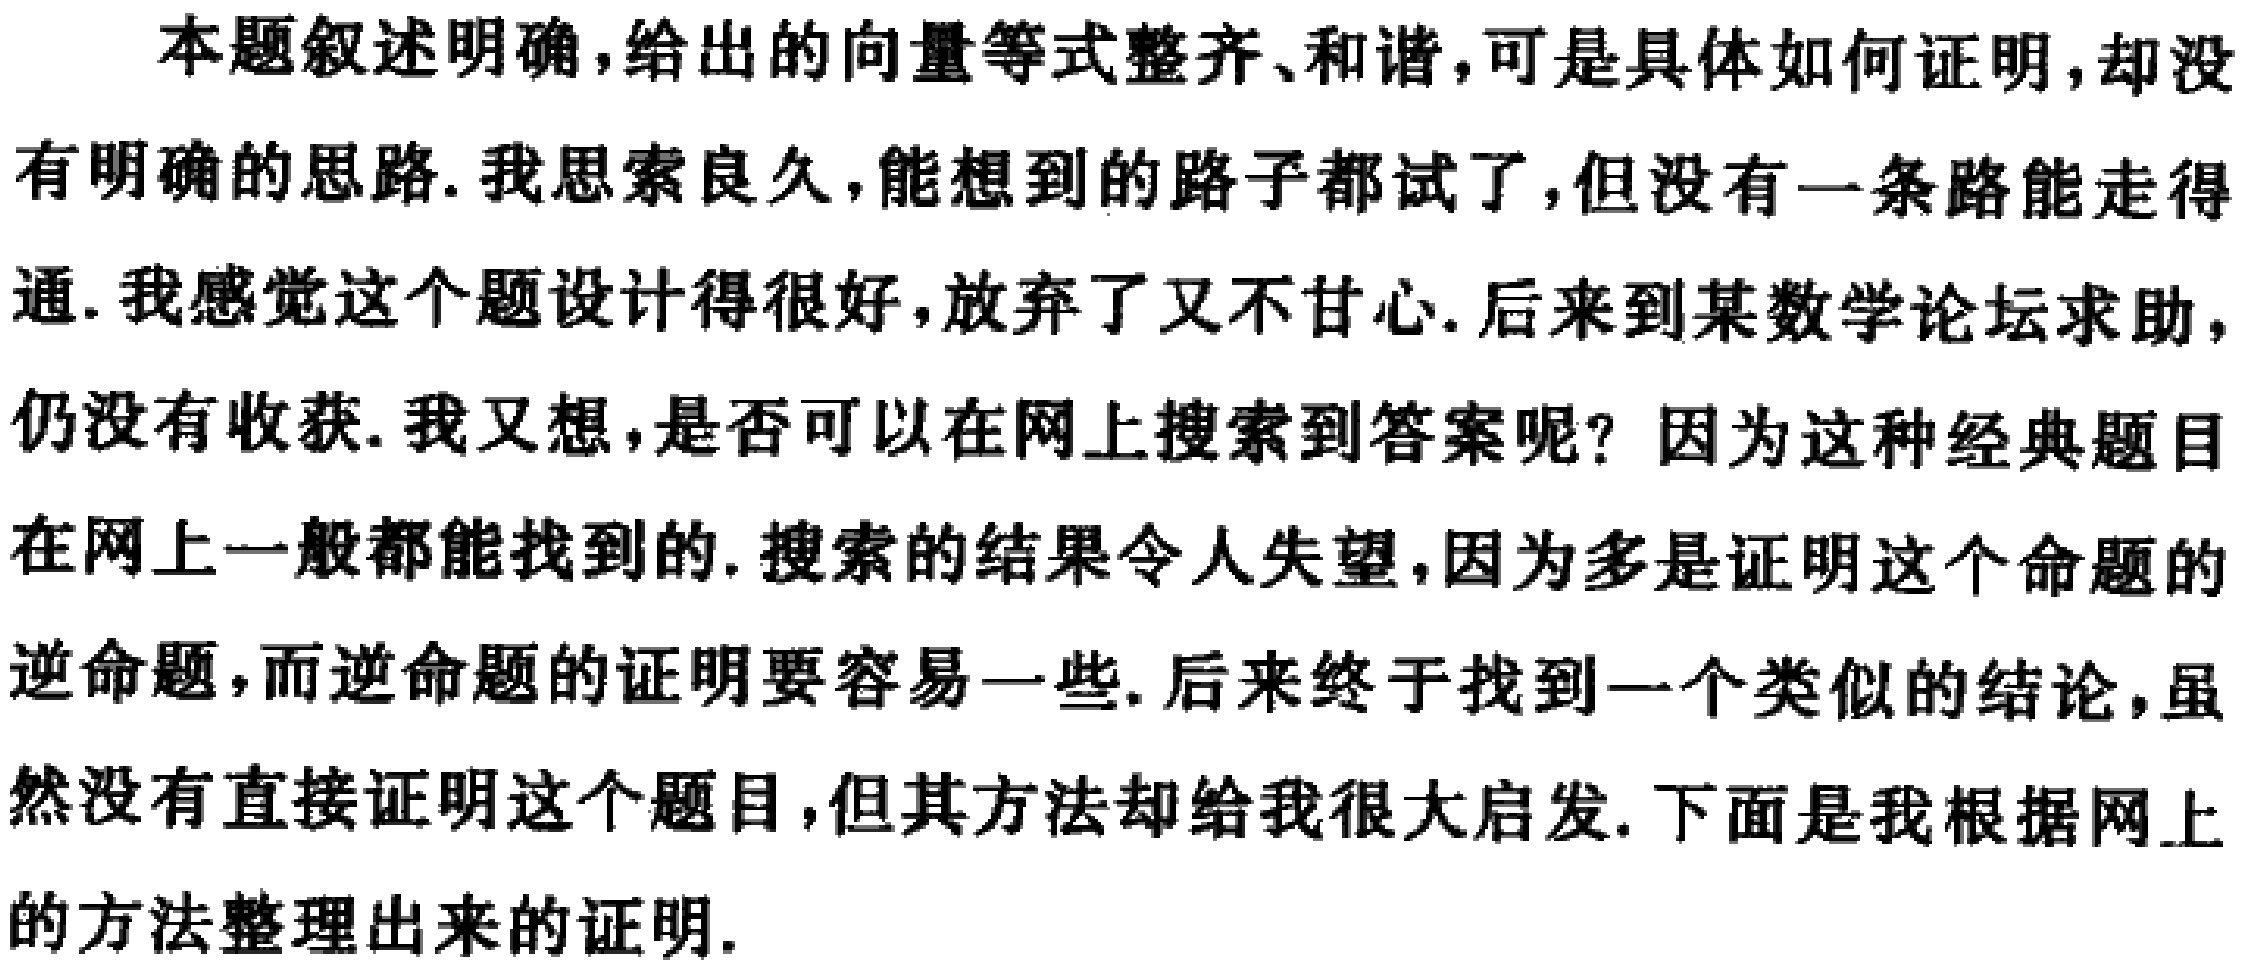
本题叙述明确，给出的向量等式整齐、和谐，可是具体如何证明，却没有明确的思路. 我思索良久，能想到的路子都试了，但没有一条路能走得通. 我感觉这个题设计得很好，放弃了又不甘心. 后来到某数学论坛求助，仍没有收获. 我又想，是否可以在网上搜索到答案呢？因为这种经典题目在网上一般都能找到的. 搜索的结果令人失望，因为多是证明这个命题的逆命题，而逆命题的证明要容易一些. 后来终于找到一个类似的结论，虽然没有直接证明这个题目，但其方法却给我很大启发. 下面是我根据网上的方法整理出来的证明.